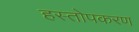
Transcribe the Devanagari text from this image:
हस्तोपकरण